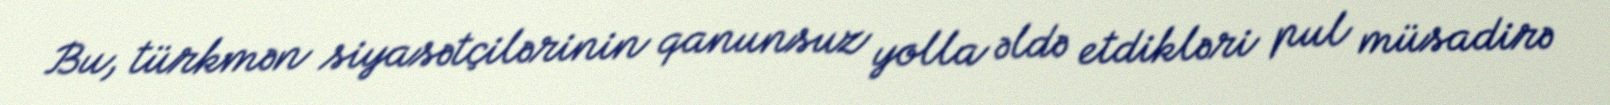
Bu, türkmən siyasətçilərinin qanunsuz yolla əldə etdikləri pul müsadirə